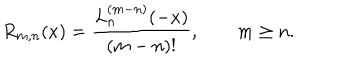
LaTeX: R _ { m , n } ( x ) = \frac { L _ { n } ^ { ( m - n ) } ( - x ) } { ( m - n ) ! } , \qquad m \ge n .